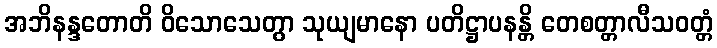
အဘိနန္ဒတောတိ ဝိသောသေတွာ သုယျမာနော ပတိဋ္ဌာပနန္တိ တေစတ္တာလီသဝတ္တံ